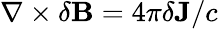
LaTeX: \begin{array}{r}{\nabla\times\delta\mathbf{B}=4\pi\delta\mathbf{J}/c}\end{array}